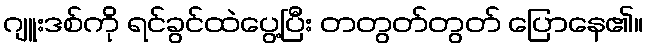
ဂျူးဒစ်ကို ရင်ခွင်ထဲပွေ့ပြီး တတွတ်တွတ် ပြောနေ၏။